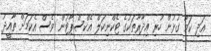
އަދި ކަމާ ގުޅުން ހުރި އިދާރާތަކުގެ ޓެކްނިކަލް އެކްސްޕާޓުން ވެސް އެކަމަށް ތާއީދު